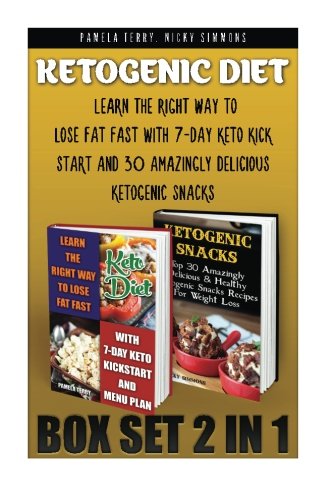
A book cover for Ketogenic Diet BOX SET 2 IN 1:  Learn The Right Way To Lose Fat Fast With 7-Day Keto Kick Start And 30 Amazingly Delicious Ketogenic Snacks: (Lose ... 20 20 diet dr phil , weight watchers); Nicky Simmons; Cookbooks, Food & Wine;